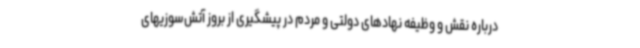
درباره نقش و وظیفه نهادهای دولتی و مردم در پیشگیری از بروز آتش‌سوزیهای